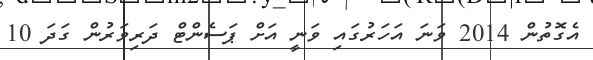
އެގޮތުން 2014 ވަނަ އަހަރުގައި ވަނީ އަށް ޕަސެންޓް ދަރިވަރުން ގަދަ 10